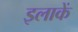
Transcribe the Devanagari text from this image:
इलाकें